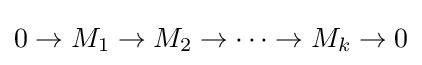
0\to M_{1}\to M_{2}\to \cdots \to M_{k}\to 0